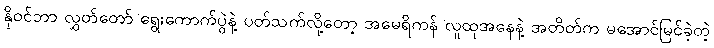
နိုဝင်ဘာ လွှတ်တော် ရွေးကောက်ပွဲနဲ့ ပတ်သက်လို့တော့ အမေရိကန် လူထုအနေနဲ့ အတိတ်က မအောင်မြင်ခဲ့တဲ့